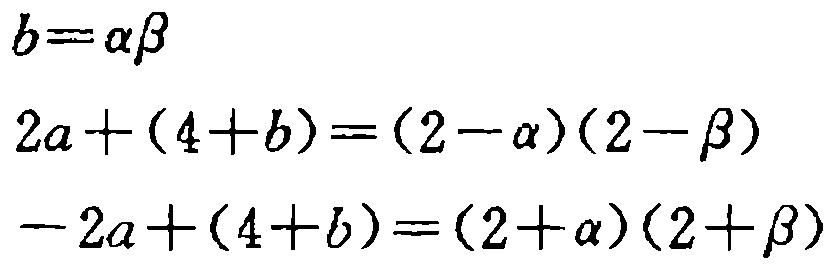
\[
\begin{align*}
b&=\alpha\beta\\
2a+(4 + b)&=(2-\alpha)(2 - \beta)\\
-2a+(4 + b)&=(2+\alpha)(2+\beta)
\end{align*}
\]